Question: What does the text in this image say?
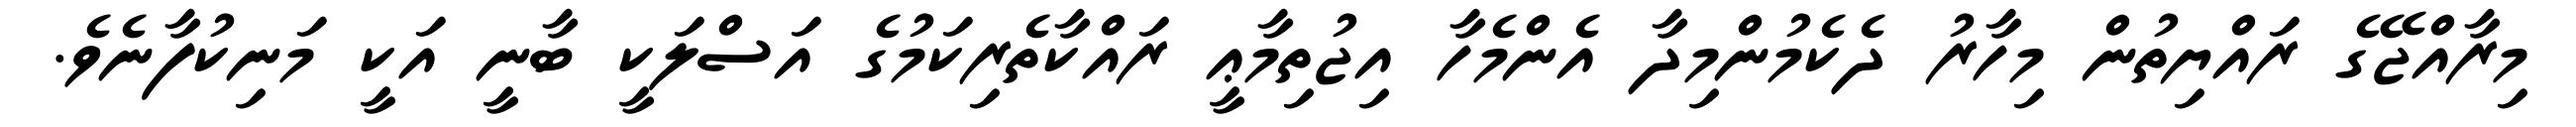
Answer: މިރާއްޖޭގެ ރައްޔިތުން މިހާރު ދެކެމުންމިދާ އެންމެހާ އިޖުތިމާޢީ ރައްކާތެރިކަމުގެ އަސްލަކީ ބާނީ އަކީ މަނިކުފާނެވެ.